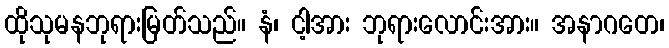
ထိုသုမနဘုရားမြတ်သည်။ နံ၊ ငါ့အား ဘုရားလောင်းအား။ အနာဂတေ၊